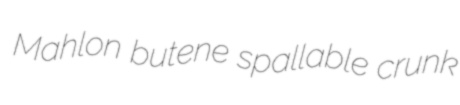
Mahlon butene spallable crunk